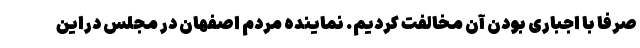
صرفا با اجباری بودن آن مخالفت کردیم. نماینده مردم اصفهان در مجلس دراین